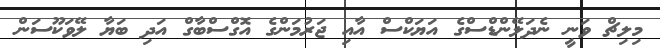
މިލިޗް ވަނީ ނެދަލޭންޑްސްގެ އަޔަކްސް އާއި ޖަރުމަންގެ އޮގްސްބާގް އަދި ބަޔާ ލޭވަކޫސަން